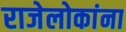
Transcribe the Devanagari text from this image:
राजेलोकांना